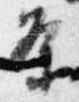
条